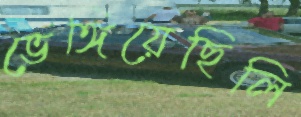
ভেঙ্গিয়েছিলি